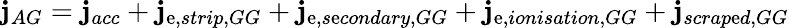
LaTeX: \mathbf{j}_{AG}=\mathbf{j}_{acc}+\mathbf{j}_{\mathrm{e},strip,GG}+\mathbf{j}_{\mathrm{e},s\mathrm{e}condary,GG}+\mathbf{j}_{\mathrm{e},ionisation,GG}+\mathbf{j}_{scrap\mathrm{e}d,GG}